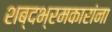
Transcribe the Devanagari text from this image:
शब्दभ्रमकारांना